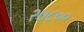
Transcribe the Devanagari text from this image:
२७८००